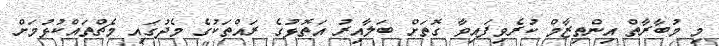
މި މުބާރާތް އިންތިޒާމް ކުރެވިފައިވާ ގޮތަށް ބަލާއިރު އަތޮޅުގެ ރައްތަކުގެ މެދުގައި މެޗްތައްކުޅުމަށް